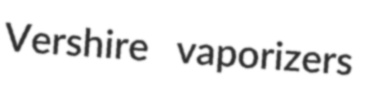
Vershire vaporizers